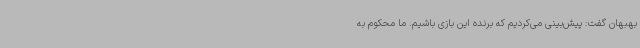
بهبهان گفت: پیش‌بینی می‌کردیم که برنده این بازی باشیم. ما محکوم به